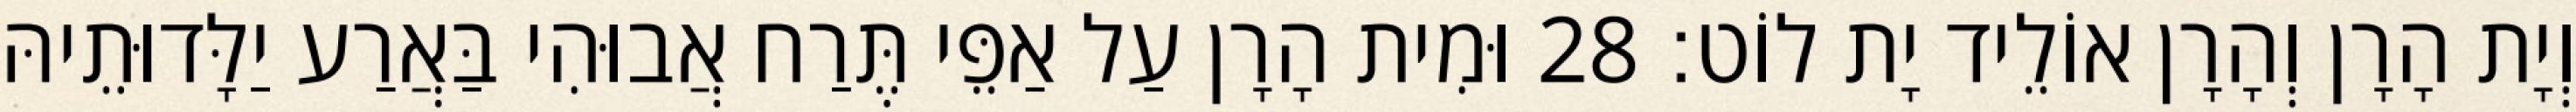
וְיָת הָרָן וְהָרָן אוֹלֵיד יָת לוֹט׃ 28 וּמִית הָרָן עַל אַפֵּי תֶּרַח אֲבוּהִי בַּאֲרַע יַלָּדוּתֵיהּ